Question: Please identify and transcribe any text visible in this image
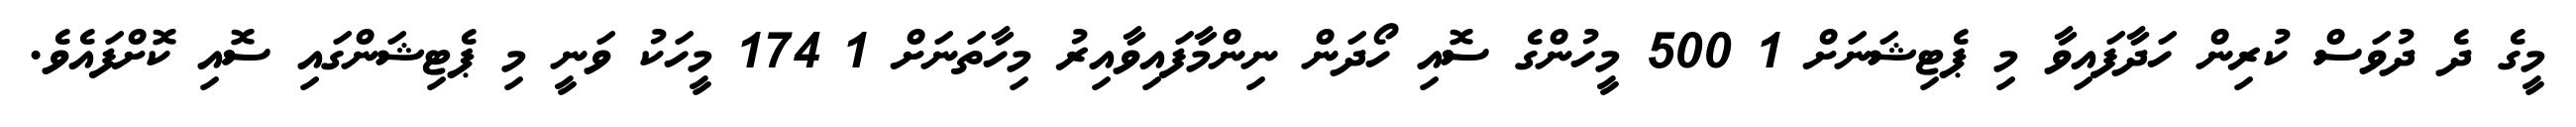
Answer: މީގެ ދެ ދުވަސް ކުރިން ހަދާފައިވާ މި ޕެޓިޝަނަށް 1 500 މީހުންގެ ސޮއި ހޯދަން ނިންމާފައިވާއިރު މިހާތަނަށް 1 174 މީހަކު ވަނީ މި ޕެޓިޝަންގައި ސޮއި ކޮށްފައެވެ.